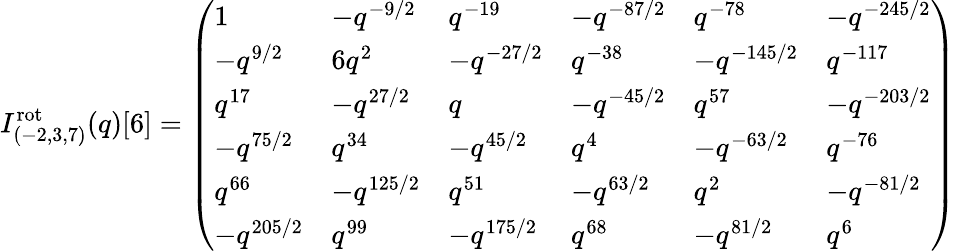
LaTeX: I_{(-2,3,7)}^{\mathrm{rot}}(q)[6]=\left(\begin{array}{llllll}{1}&{-q^{-9/2}}&{q^{-19}}&{-q^{-87/2}}&{q^{-78}}&{-q^{-245/2}}\\ {-q^{9/2}}&{6q^{2}}&{-q^{-27/2}}&{q^{-38}}&{-q^{-145/2}}&{q^{-117}}\\ {q^{17}}&{-q^{27/2}}&{q}&{-q^{-45/2}}&{q^{57}}&{-q^{-203/2}}\\ {-q^{75/2}}&{q^{34}}&{-q^{45/2}}&{q^{4}}&{-q^{-63/2}}&{q^{-76}}\\ {q^{66}}&{-q^{125/2}}&{q^{51}}&{-q^{63/2}}&{q^{2}}&{-q^{-81/2}}\\ {-q^{205/2}}&{q^{99}}&{-q^{175/2}}&{q^{68}}&{-q^{81/2}}&{q^{6}}\end{array}\right)